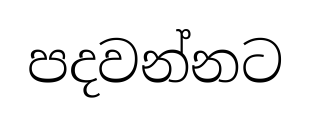
පදවන්නට